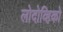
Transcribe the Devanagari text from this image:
लोदोव्हिको